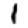
Digit: 1